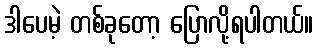
ဒါပေမဲ့ တစ်ခုတော့ ပြောလို့ရပါတယ်။